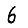
Digit: 6